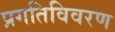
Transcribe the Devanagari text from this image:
प्रगतिविवरण